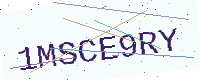
Text: 1MSCE9RY